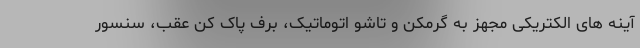
آینه های الکتریکی مجهز به گرمکن و تاشو اتوماتیک، برف پاک کن عقب، سنسور